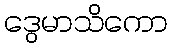
ဒွေမာသိကော